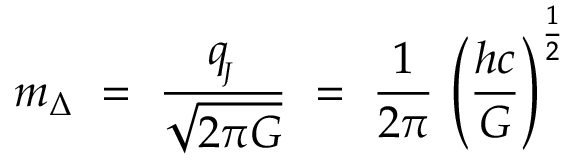
m _ { \Delta } \ = \ \frac { q _ { \! _ { J } } } { \sqrt { 2 \pi G } } \ = \ \frac { 1 } { 2 \pi } \, \left( { \frac { h c } { G } } \right) ^ { \frac { 1 } { 2 } }